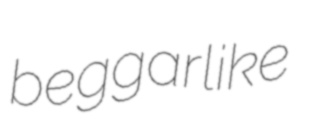
beggarlike